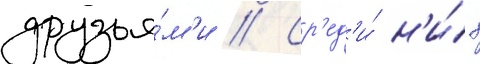
друзья́м'и // Ср'ед'и́ н'и́х